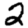
Digit: 2